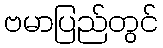
ဗမာပြည်တွင်